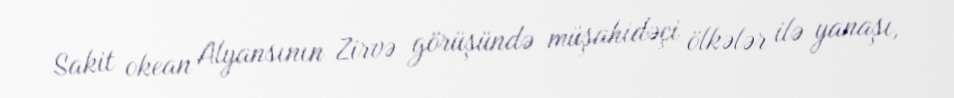
Sakit okean Alyansının Zirvə görüşündə müşahidəçi ölkələr ilə yanaşı,